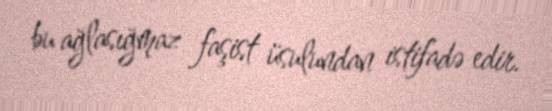
bu ağlasığmaz faşist üsulundan istifadə edir.